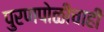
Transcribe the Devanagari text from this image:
पुरणपोळीचाही